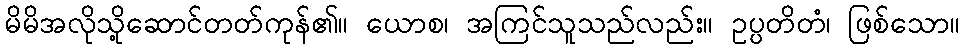
မိမိအလိုသို့ဆောင်တတ်ကုန်၏။ ယောစ၊ အကြင်သူသည်လည်း။ ဥပ္ပတိတံ၊ ဖြစ်သော။